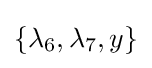
\{\lambda _{6},\lambda _{7},y\}